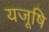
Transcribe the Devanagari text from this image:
यजूषि